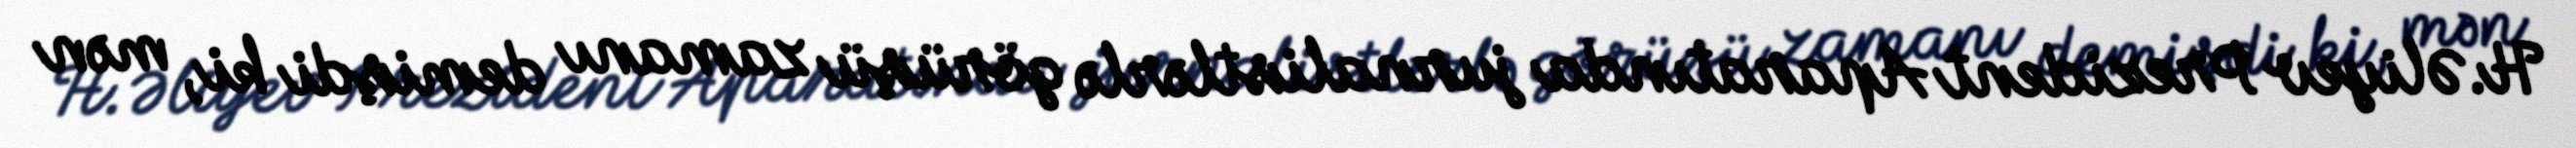
H.Əliyev Prezident Aparatında jurnalistlərlə görüşü zamanı demişdi ki, mən